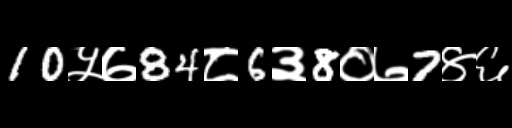
Text: 10५७84८6३8०७7४६